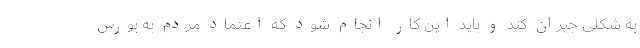
به شکلی جبران کند و باید این کار انجام شود که اعتماد مردم به بورس